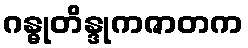
ဂန္ဓုတိန္ဒုကဇာတက